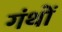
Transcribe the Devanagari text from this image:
गंथों